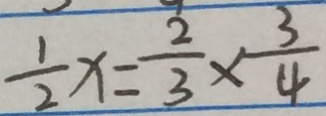
\frac { 1 } { 2 } x = \frac { 2 } { 3 } \times \frac { 3 } { 4 }